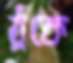
ঠুঁকে